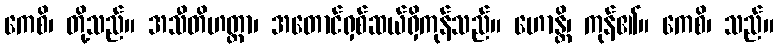
ကေစိ၊ တို့သည်။ အသီတိဟတ္ထာ၊ အတောင်ရှစ်ဆယ်ရှိကုန်သည်။ ဟောန္တိ၊ ကုန်၏။ ကေစိ၊ သည်။